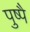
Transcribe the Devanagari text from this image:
पुष्पै